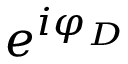
e ^ { i \varphi _ { D } }